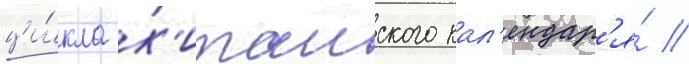
ци́кла к'итаиского кал'ендар'я́ //